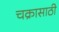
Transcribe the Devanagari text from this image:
चक्रासाठी